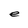
Character: e